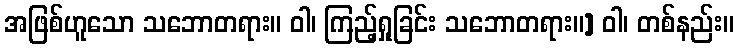
အဖြစ်ဟူသော သဘောတရား။ ဝါ၊ ကြည့်ရှုခြင်း သဘောတရား။] ဝါ၊ တစ်နည်း။